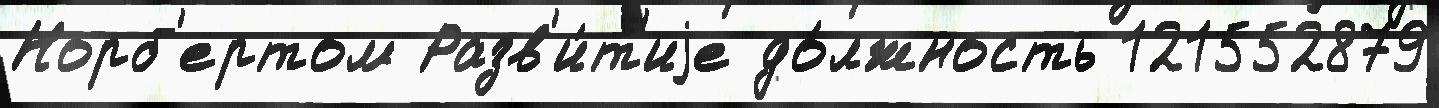
Норб'ертом Разв'и́т'иjе до́лжность 121552879